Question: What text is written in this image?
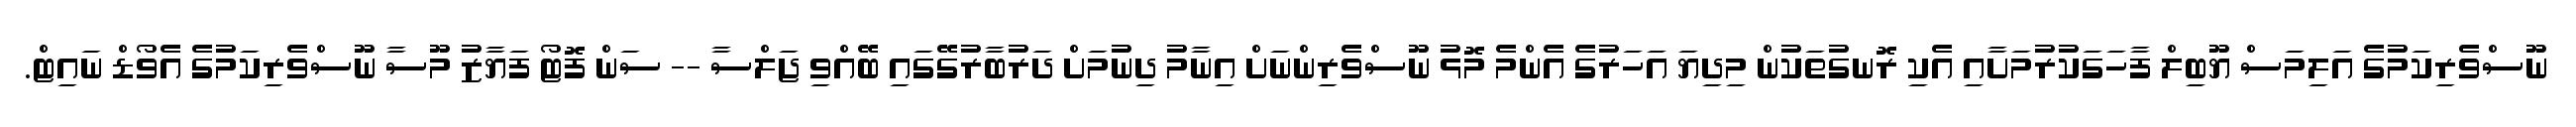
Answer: ނޫސްވެރިކަމުގެ އަލިމަސް ޔޫބިލް ފާހަގަކުރުމަށާއި އެކި ރޮނގުތަކުން މިދިޔަ އަހަރުގެ އެންމެ މޮޅު ނޫސްވެރިންނަށް އިނާމު ދިނުމަށް ދަރުބާރުގޭގައި ބޭއްވި ޖަލްސާ -- ސަން ފޮޓޯ ފަޔާޒު މޫސާ ނޫސްވެރިކަމުގެ އެވޯޑް ނައިޓް.